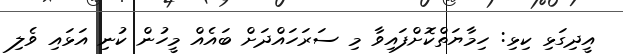
އީދިގަޅި ކިޅި: ހިމާޔަތްކޮށްފައިވާ މި ސަރަހައްދަށް ބައެއް މީހުން ކުނި އަޅައި ވެލި